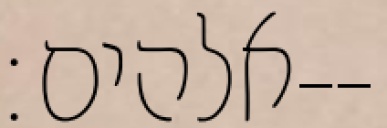
אלהים׃--